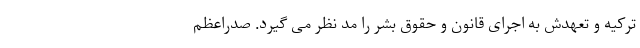
ترکیه و تعهدش به اجرای قانون و حقوق بشر را مد نظر می گیرد. صدراعظم